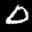
Label: 0